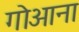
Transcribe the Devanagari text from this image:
गोआना